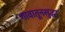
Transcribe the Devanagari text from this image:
गावातूनसुद्धा